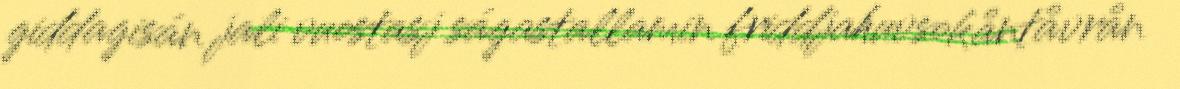
giddagisán jali vuostasj ságastallamin friddjahuvsokåntåvrån